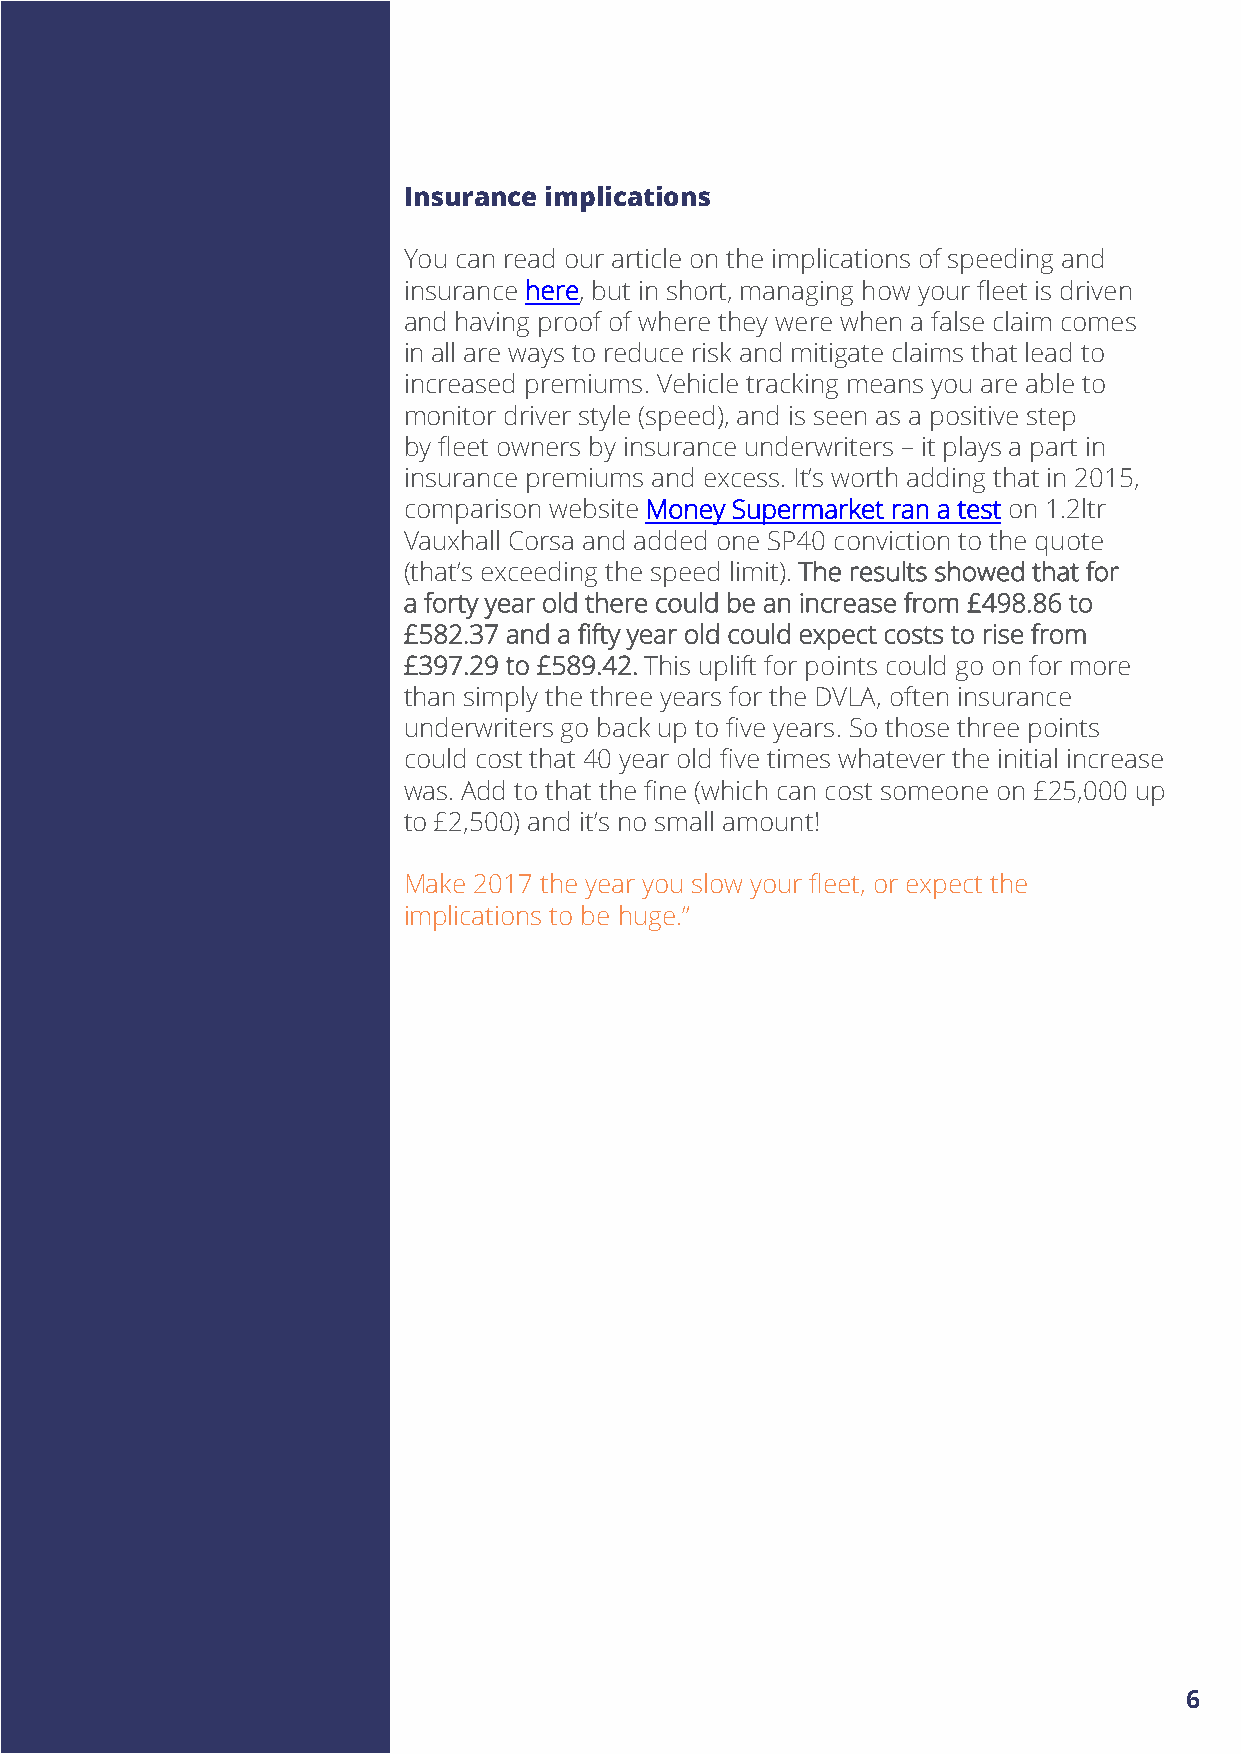
Insurance implications
 You can read our article on the implications of speeding and
 insurance here, but in short, managing how your fleet is driven
 and having proof of where they were when a false claim comes
 in all are ways to reduce risk and mitigate claims that lead to
 increased premiums. Vehicle tracking means you are able to
 monitor driver style (speed), and is seen as a positive step
 by fleet owners by insurance underwriters – it plays a part in
 insurance premiums and excess. It’s worth adding that in 2015,
 comparison website Money Supermarket ran a test on 1.2ltr
 Vauxhall Corsa and added one SP40 conviction to the quote
 (that’s exceeding the speed limit). The results showed that for
 a forty year old there could be an increase from £498.86 to
 £582.37 and a fifty year old could expect costs to rise from
 £397.29 to £589.42. This uplift for points could go on for more
 than simply the three years for the DVLA, often insurance
 underwriters go back up to five years. So those three points
 could cost that 40 year old five times whatever the initial increase
 was. Add to that the fine (which can cost someone on £25,000 up
 to £2,500) and it’s no small amount!
 Make 2017 the year you slow your fleet, or expect the
 implications to be huge.”
 6